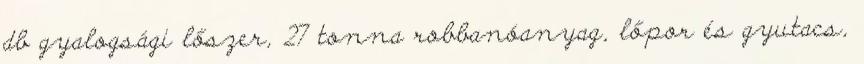
db gyalogsági lőszer, 27 tonna robbanóanyag, lőpor és gyutacs,